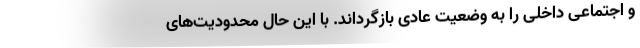
و اجتماعی داخلی را به وضعیت عادی بازگرداند. با این حال محدودیت‌های